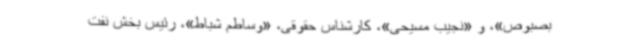
بصبوص»، و «نجیب مسیحی»، کارشناس حقوقی، «وساطم شباط»، رئیس بخش نفت